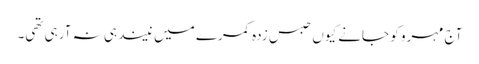
آج مہرو کو جانے کیوں حبس زدہ کمرے میں نیند ہی نہ آرہی تھی۔